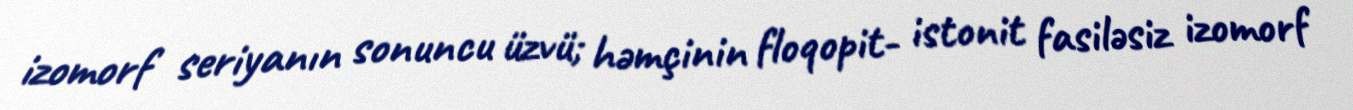
izomorf seriyanın sonuncu üzvü; həmçinin floqopit- istonit fasiləsiz izomorf